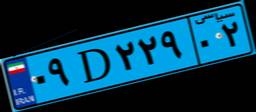
۵۱D۹۳۱۴۶